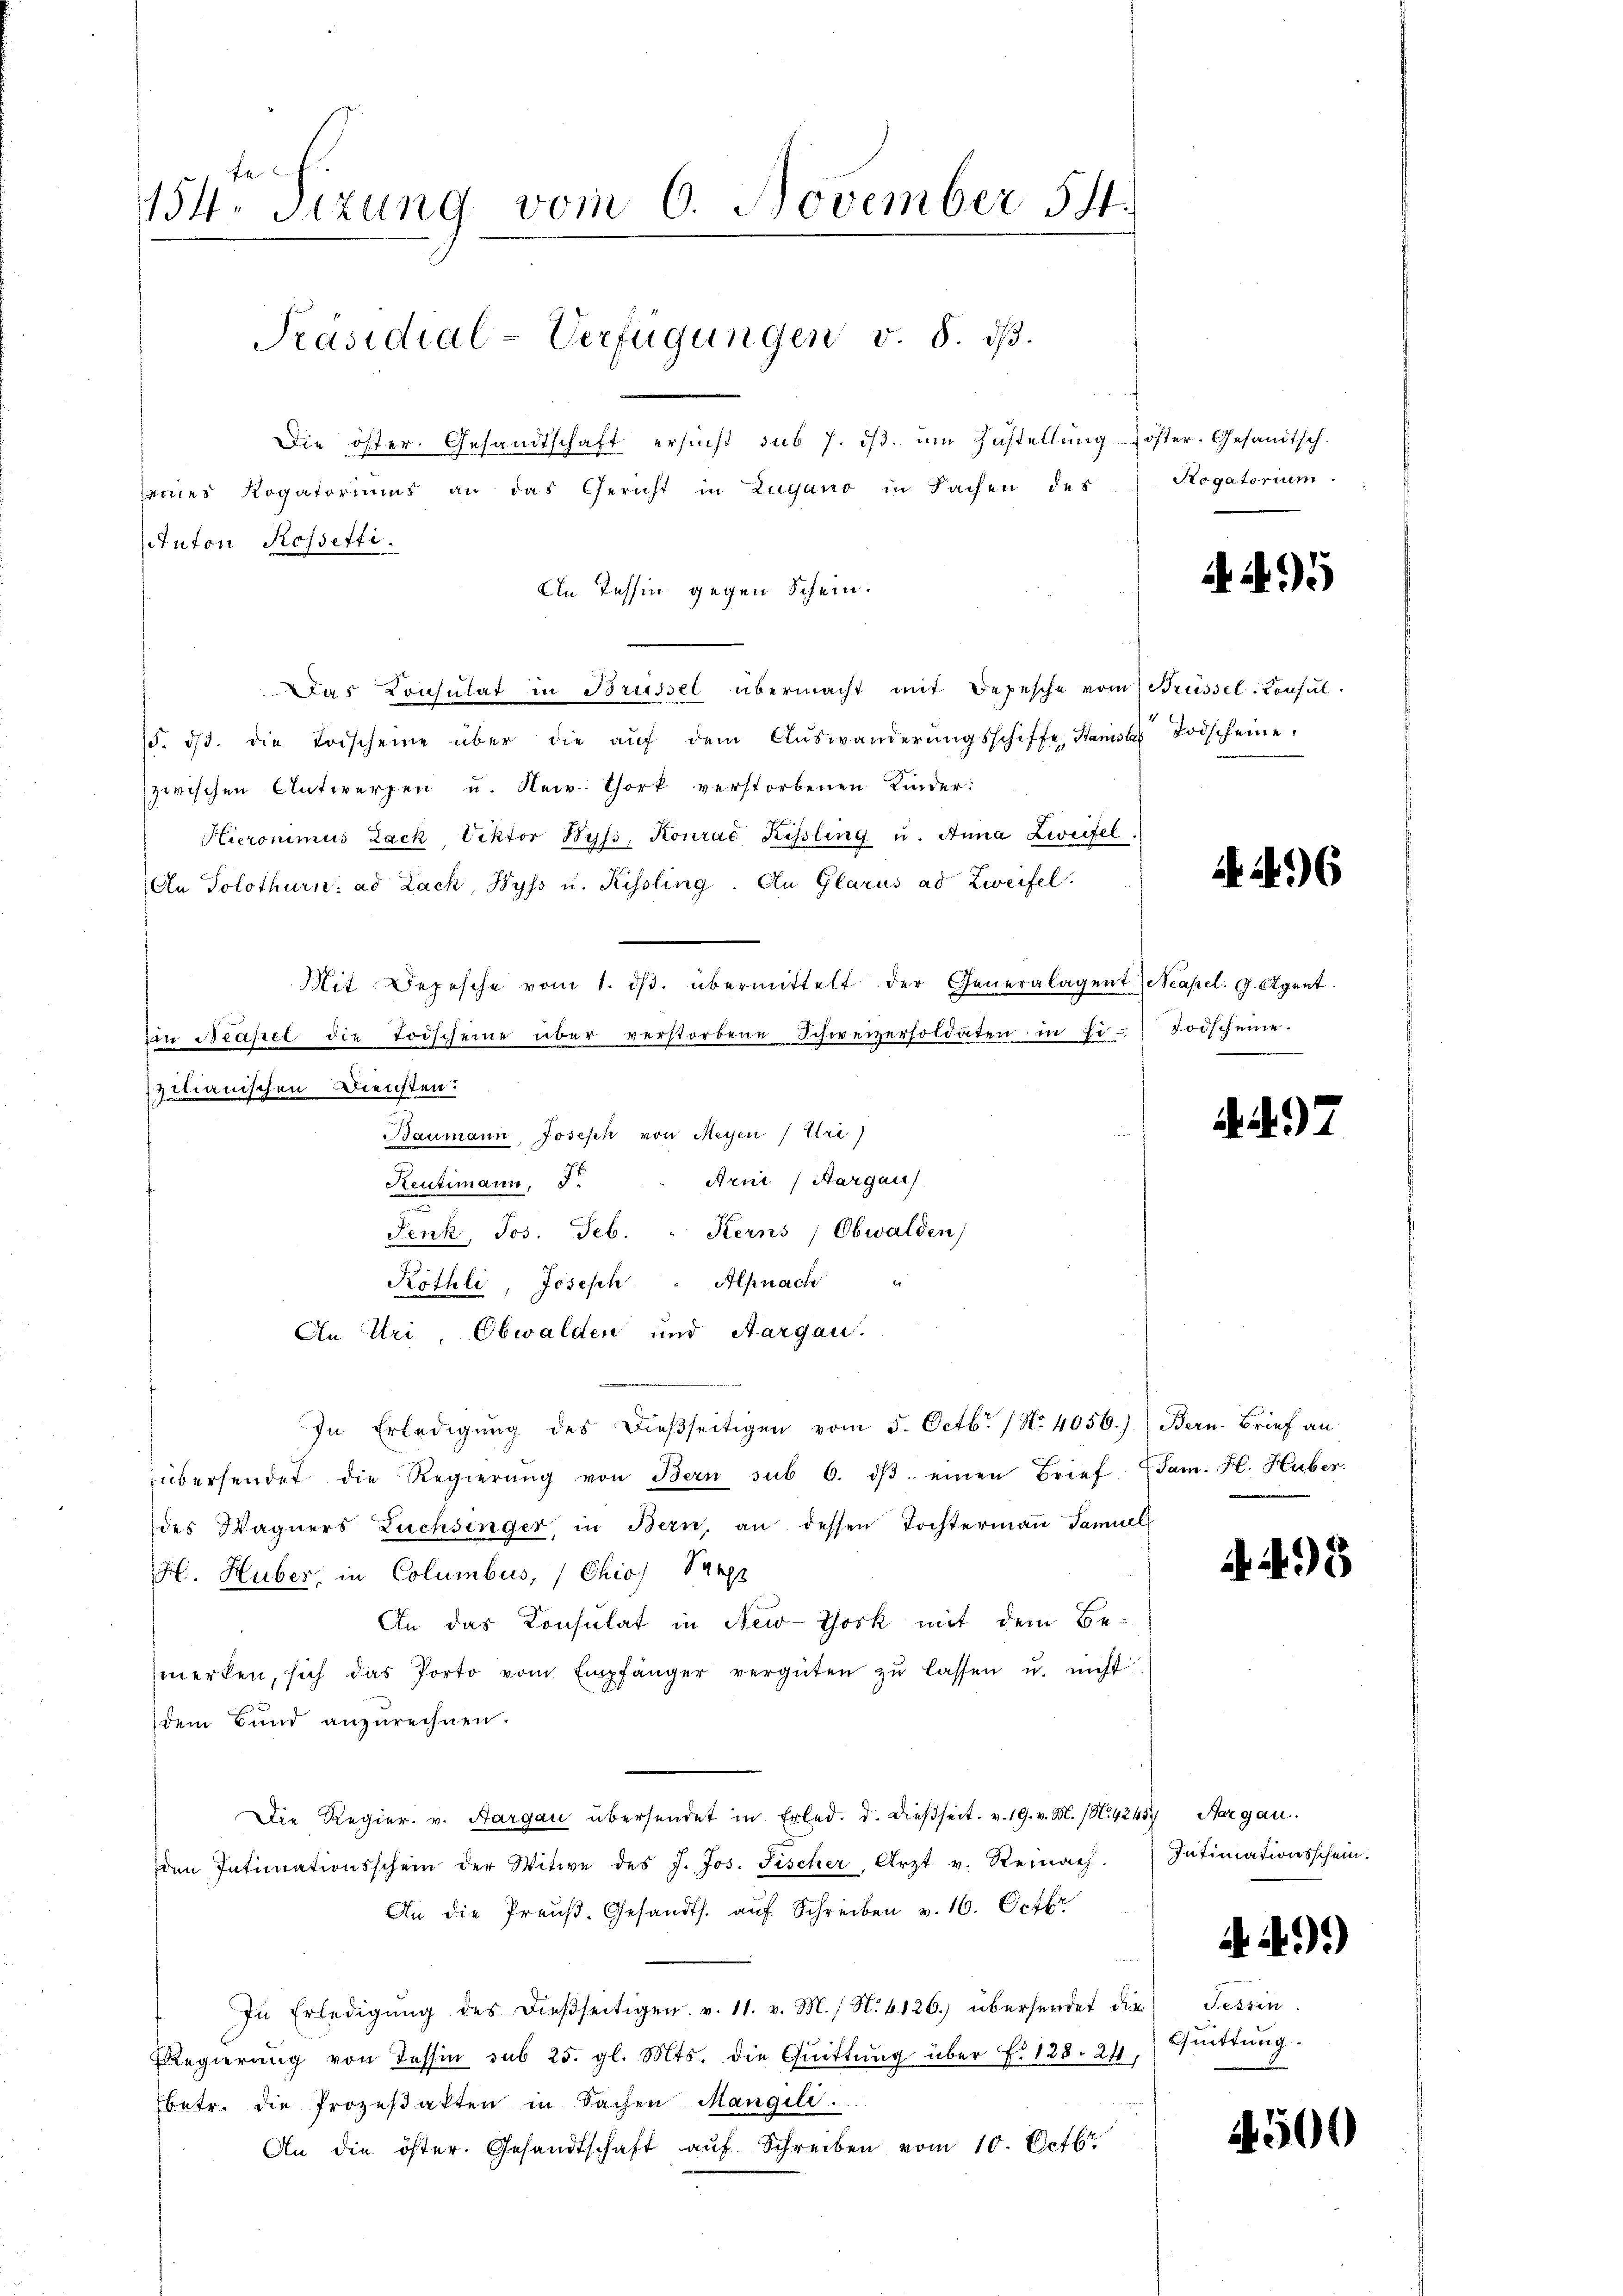
e
154. Sizung vom 6. November 54.
Präsidial-Verfügungen v. 8. dβ.
Die öster. Gesandtschaft ersucht sub 7. ds. um Zustellung koster. Gesandtsch.
seines Rogatoriums an das Gericht in Zugano in Sachen des
Anton Rossetti.
An Tessin gegen Schein.

Das Consulat in Brüssel übermacht mit Depesche vom Brüssel-Konsul-
15. dβ. die Todscheine über die aŭf dem Aŭswänderŭngsschiffe, Staniste Todscheine
zwischen Antworfen u. Neiv-Chork verstorbenen Kinder:
Hieronimus Lack Viktor Wyss, Konrad Kissling u. Anna Zweifel.
An Solothurn. ad Lack, Byss u. Kissling. An Glarus ad Zweifel.
an Neapel die Todscheine über verstorbene Schweizersoldaten in Eizilianischen Diensten.
Baumann, Joseph von Meyen (Uri)
Arni (Aargau
Reutimann, 5.
Fenk, Jos. Feb. " Kerns, Obwalden,
Röthli, Joseph " Alpnach
An Uri, Obwalden und Aargau.
In Erledigŭng des dießseitigen vom 5. Octbr. 1 No 4056.) Bern-Brief an
übersendet die Regierŭng von Bern sub 6. dβ einen Brief (Jam. H. Huber.
des Wagners Lüchsinger, in Bern, an dessen Tochtermaṅ Samuel
H. Huber, in Columbus, (Chio) Sache
An das Consulat in New-York mit dem Be-
merken, sich das Porto vom Empfänger vergüten zŭ lassen u. nicht
dem Bund anzurechnen.
Die Regier. v. Aargau übersendet in Erled. d. dießseit v. 19. v. M. (N. 4245, Aargau.
den Intimationsschein der Witwe des J. Jos. Fischer, Arzt v. Reinach
An die Preŭβ. Gesandts. aŭf Schreiben v. 16. Octbr
In Erledigŭng des dießseitigen. v. 11. v. M. N. 4126.) übersendet die Tessin.
Regierŭng von dessin sub 25. gl. Mts. die Qŭittŭng über f. 128. 211, Quittung.
betr. die Prozeßakten in Sachen Mangeli.
An die öster. Gesandtschaft aŭf Schreiben vom 10. Octbr.

Mit Depesche vom 1. dβ. übermittelt der Generalagent Neapel. G. Agent

Rogatorium.

A 295

A. 496

Toischeine.

7

493

Intimationsschein.
49.)

4500